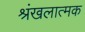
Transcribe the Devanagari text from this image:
श्रंखलात्मक